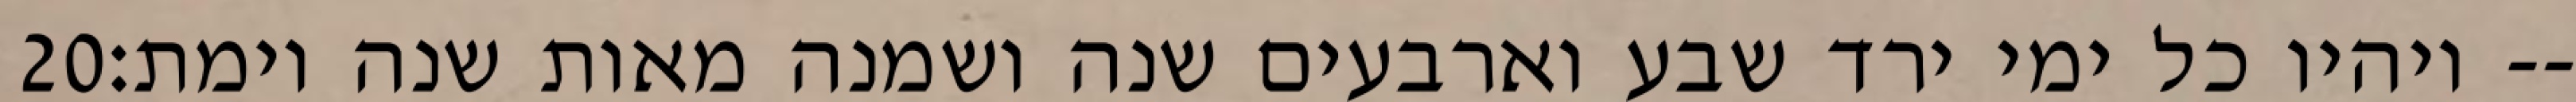
‎20‏ ויהיו כל ימי ירד שבע וארבעים שנה ושמנה מאות שנה וימת׃--